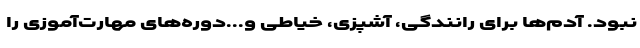
نبود. آدم‌ها برای رانندگی، آشپزی، خیاطی و...دوره‌های مهارت‌آموزی را